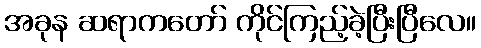
အခုန ဆရာကတော် ကိုင်ကြည့်ခဲ့ပြီးပြီလေ။